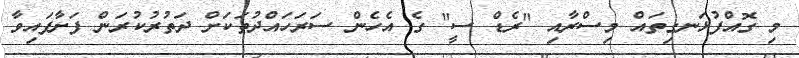
މި ގޮއްފުޅަނގިތައް މިސްރާއި "ރެޑް ސީ" ގެ އެހެން ސަރަހައްދުތަކަށް ދަތުރުކުރަން ފަށާފައިވާ